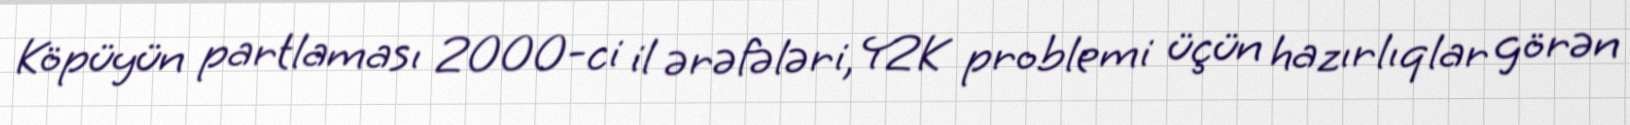
Köpüyün partlaması 2000-ci il ərəfələri, Y2K problemi üçün hazırlıqlar görən